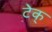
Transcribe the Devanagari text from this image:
टेक्